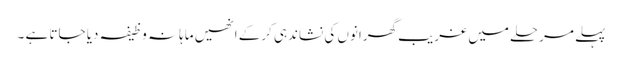
پہلے مرحلے میں غریب گھرانوں کی نشاندہی کرکے انھیں ماہانہ وظیفہ دیا جاتا ہے ۔